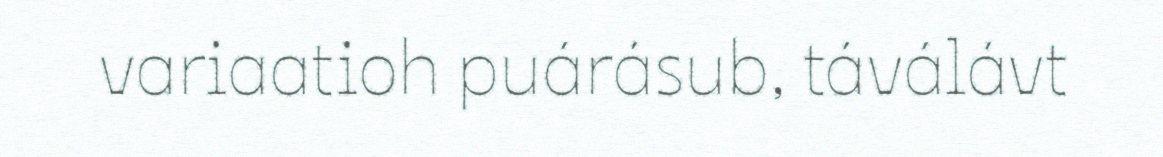
variaatioh puárásub, táválávt